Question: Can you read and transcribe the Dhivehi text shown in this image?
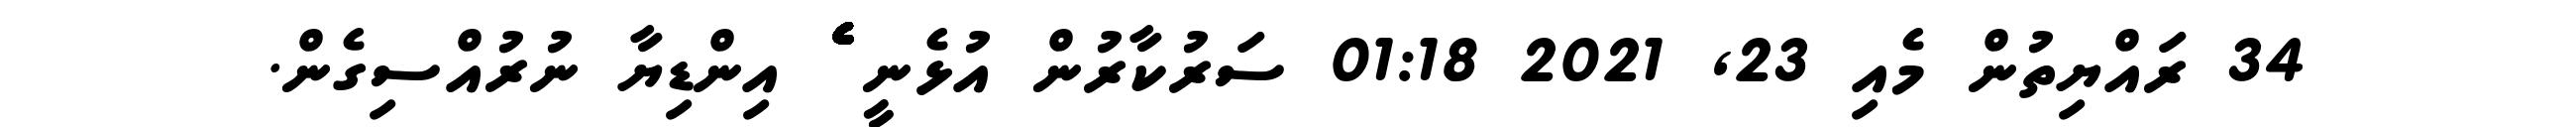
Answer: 34 ރައްޔިތުން މެއި 23, 2021 01:18 ސަރުކާރުން އުޅެނީ ެެެެެެެެެެެެެެެެެެެެެެެެެެެެެެެެެެެެެެެެެެެެެެެެެެެެެެެެެެެެެެެ އިންޑިޔާ ނުރުއްސިގެން.